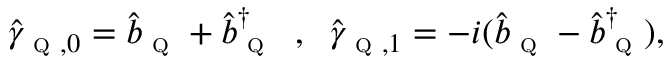
\begin{array} { r } { \hat { \gamma } _ { \textsc { q } , 0 } = \hat { b } _ { \textsc { q } } + \hat { b } _ { \textsc { q } } ^ { \dagger } \; \; , \; \; \hat { \gamma } _ { \textsc { q } , 1 } = - i ( \hat { b } _ { \textsc { q } } - \hat { b } _ { \textsc { q } } ^ { \dagger } ) , } \end{array}